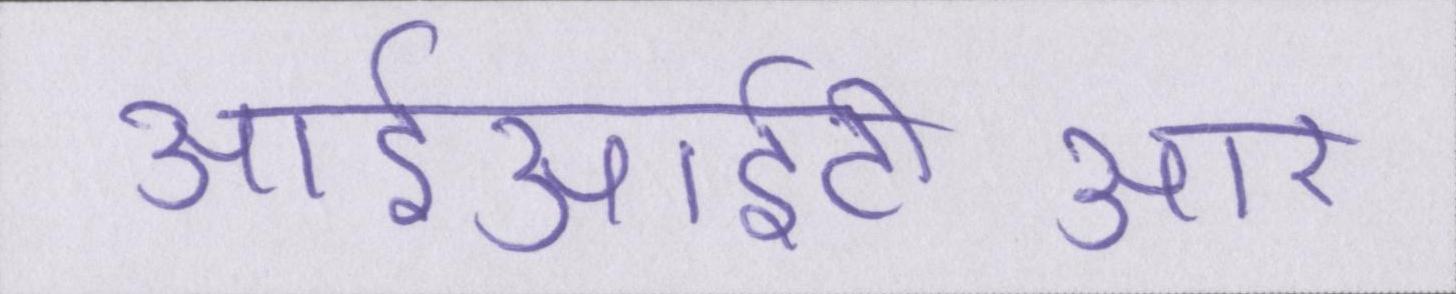
आईआईटीआर